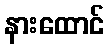
နားထောင်